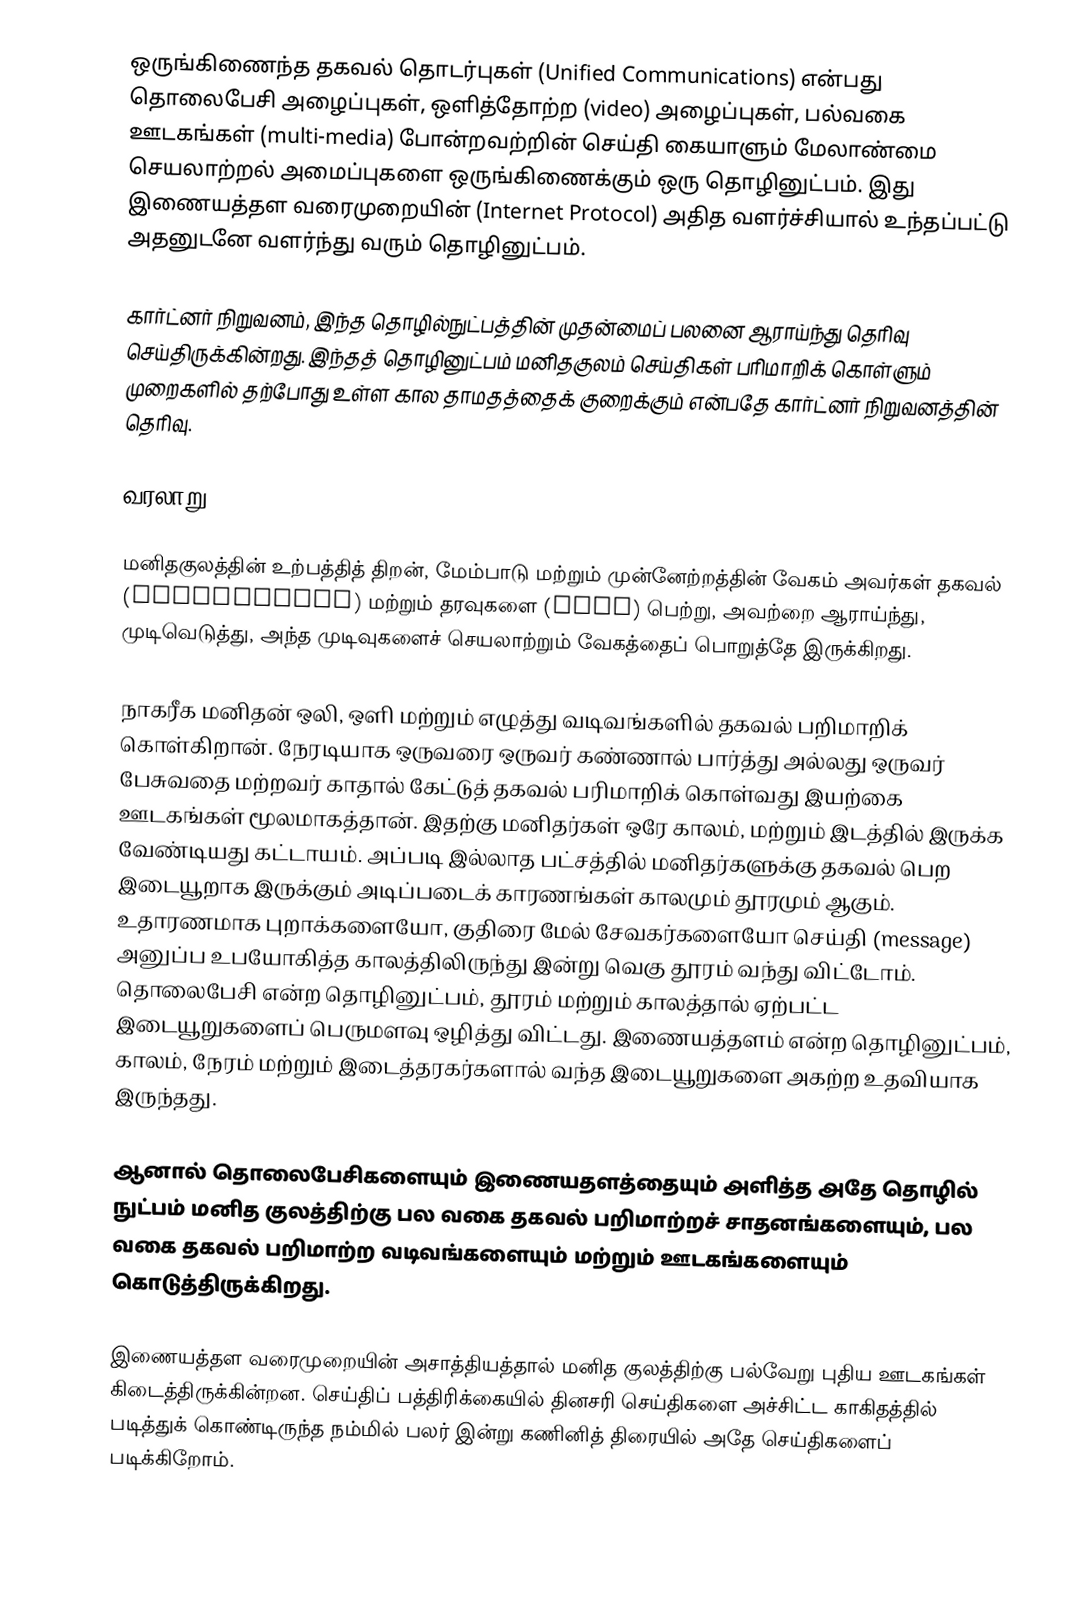
ஒருங்கிணைந்த தகவல் தொடர்புகள் (Unified Communications) என்பது தொலைபேசி அழைப்புகள், ஒளித்தோற்ற (video) அழைப்புகள், பல்வகை ஊடகங்கள் (multi-media) போன்றவற்றின் செய்தி கையாளும் மேலாண்மை செயலாற்றல் அமைப்புகளை ஒருங்கிணைக்கும் ஒரு தொழினுட்பம். இது இணையத்தள வரைமுறையின் (Internet Protocol) அதித வளர்ச்சியால் உந்தப்பட்டு அதனுடனே வளர்ந்து வரும் தொழினுட்பம்.

கார்ட்னர் நிறுவனம், இந்த தொழில்நுட்பத்தின் முதன்மைப் பலனை ஆராய்ந்து தெரிவு செய்திருக்கின்றது. இந்தத் தொழினுட்பம் மனிதகுலம் செய்திகள் பரிமாறிக் கொள்ளும் முறைகளில் தற்போது உள்ள கால தாமதத்தைக் குறைக்கும் என்பதே கார்ட்னர் நிறுவனத்தின் தெரிவு.

வரலாறு

மனிதகுலத்தின் உற்பத்தித் திறன், மேம்பாடு மற்றும் முன்னேற்றத்தின் வேகம் அவர்கள் தகவல் (information) மற்றும் தரவுகளை (data) பெற்று, அவற்றை ஆராய்ந்து, முடிவெடுத்து, அந்த முடிவுகளைச் செயலாற்றும் வேகத்தைப் பொறுத்தே இருக்கிறது.

நாகரீக மனிதன் ஒலி, ஒளி மற்றும் எழுத்து வடிவங்களில் தகவல் பறிமாறிக் கொள்கிறான். நேரடியாக ஒருவரை ஒருவர் கண்ணால் பார்த்து அல்லது ஒருவர் பேசுவதை மற்றவர் காதால் கேட்டுத் தகவல் பரிமாறிக் கொள்வது இயற்கை ஊடகங்கள் மூலமாகத்தான். இதற்கு மனிதர்கள் ஒரே காலம், மற்றும் இடத்தில் இருக்க வேண்டியது கட்டாயம். அப்படி இல்லாத பட்சத்தில் மனிதர்களுக்கு தகவல் பெற இடையூறாக இருக்கும் அடிப்படைக் காரணங்கள் காலமும் தூரமும் ஆகும். உதாரணமாக புறாக்களையோ, குதிரை மேல் சேவகர்களையோ செய்தி (message) அனுப்ப உபயோகித்த காலத்திலிருந்து இன்று வெகு தூரம் வந்து விட்டோம். தொலைபேசி என்ற தொழினுட்பம், தூரம் மற்றும் காலத்தால் ஏற்பட்ட இடையூறுகளைப் பெருமளவு ஒழித்து விட்டது. இணையத்தளம் என்ற தொழினுட்பம், காலம், நேரம் மற்றும் இடைத்தரகர்களால் வந்த இடையூறுகளை அகற்ற உதவியாக இருந்தது.

ஆனால் தொலைபேசிகளையும் இணையதளத்தையும் அளித்த அதே தொழில் நுட்பம் மனித குலத்திற்கு பல வகை தகவல் பறிமாற்றச் சாதனங்களையும், பல வகை தகவல் பறிமாற்ற வடிவங்களையும் மற்றும் ஊடகங்களையும் கொடுத்திருக்கிறது.

இணையத்தள வரைமுறையின் அசாத்தியத்தால் மனித குலத்திற்கு பல்வேறு புதிய ஊடகங்கள் கிடைத்திருக்கின்றன. செய்திப் பத்திரிக்கையில் தினசரி செய்திகளை அச்சிட்ட காகிதத்தில் படித்துக் கொண்டிருந்த நம்மில் பலர் இன்று கணினித் திரையில் அதே செய்திகளைப் படிக்கிறோம்.